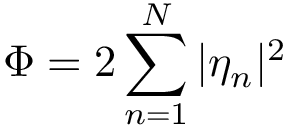
\Phi = 2 \sum _ { n = 1 } ^ { N } | \eta _ { n } | ^ { 2 }